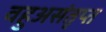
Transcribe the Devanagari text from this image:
वहुअसंतृप्त